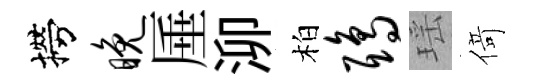
撈晚厜泖柏鸱瑶𠋣